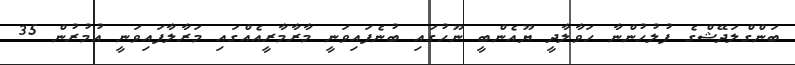
ބަންގްލަދޭޝްގެ ފުލުހުންނާ ހަވާލާދީ ޔޫއެންބީ ނޫހުގައި ބުނެފައިވަނީ މާރާމާރީއެއްގައި މަރާލާފައިވަނީ އުމުރުން 35